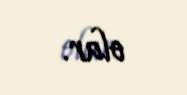
olar.